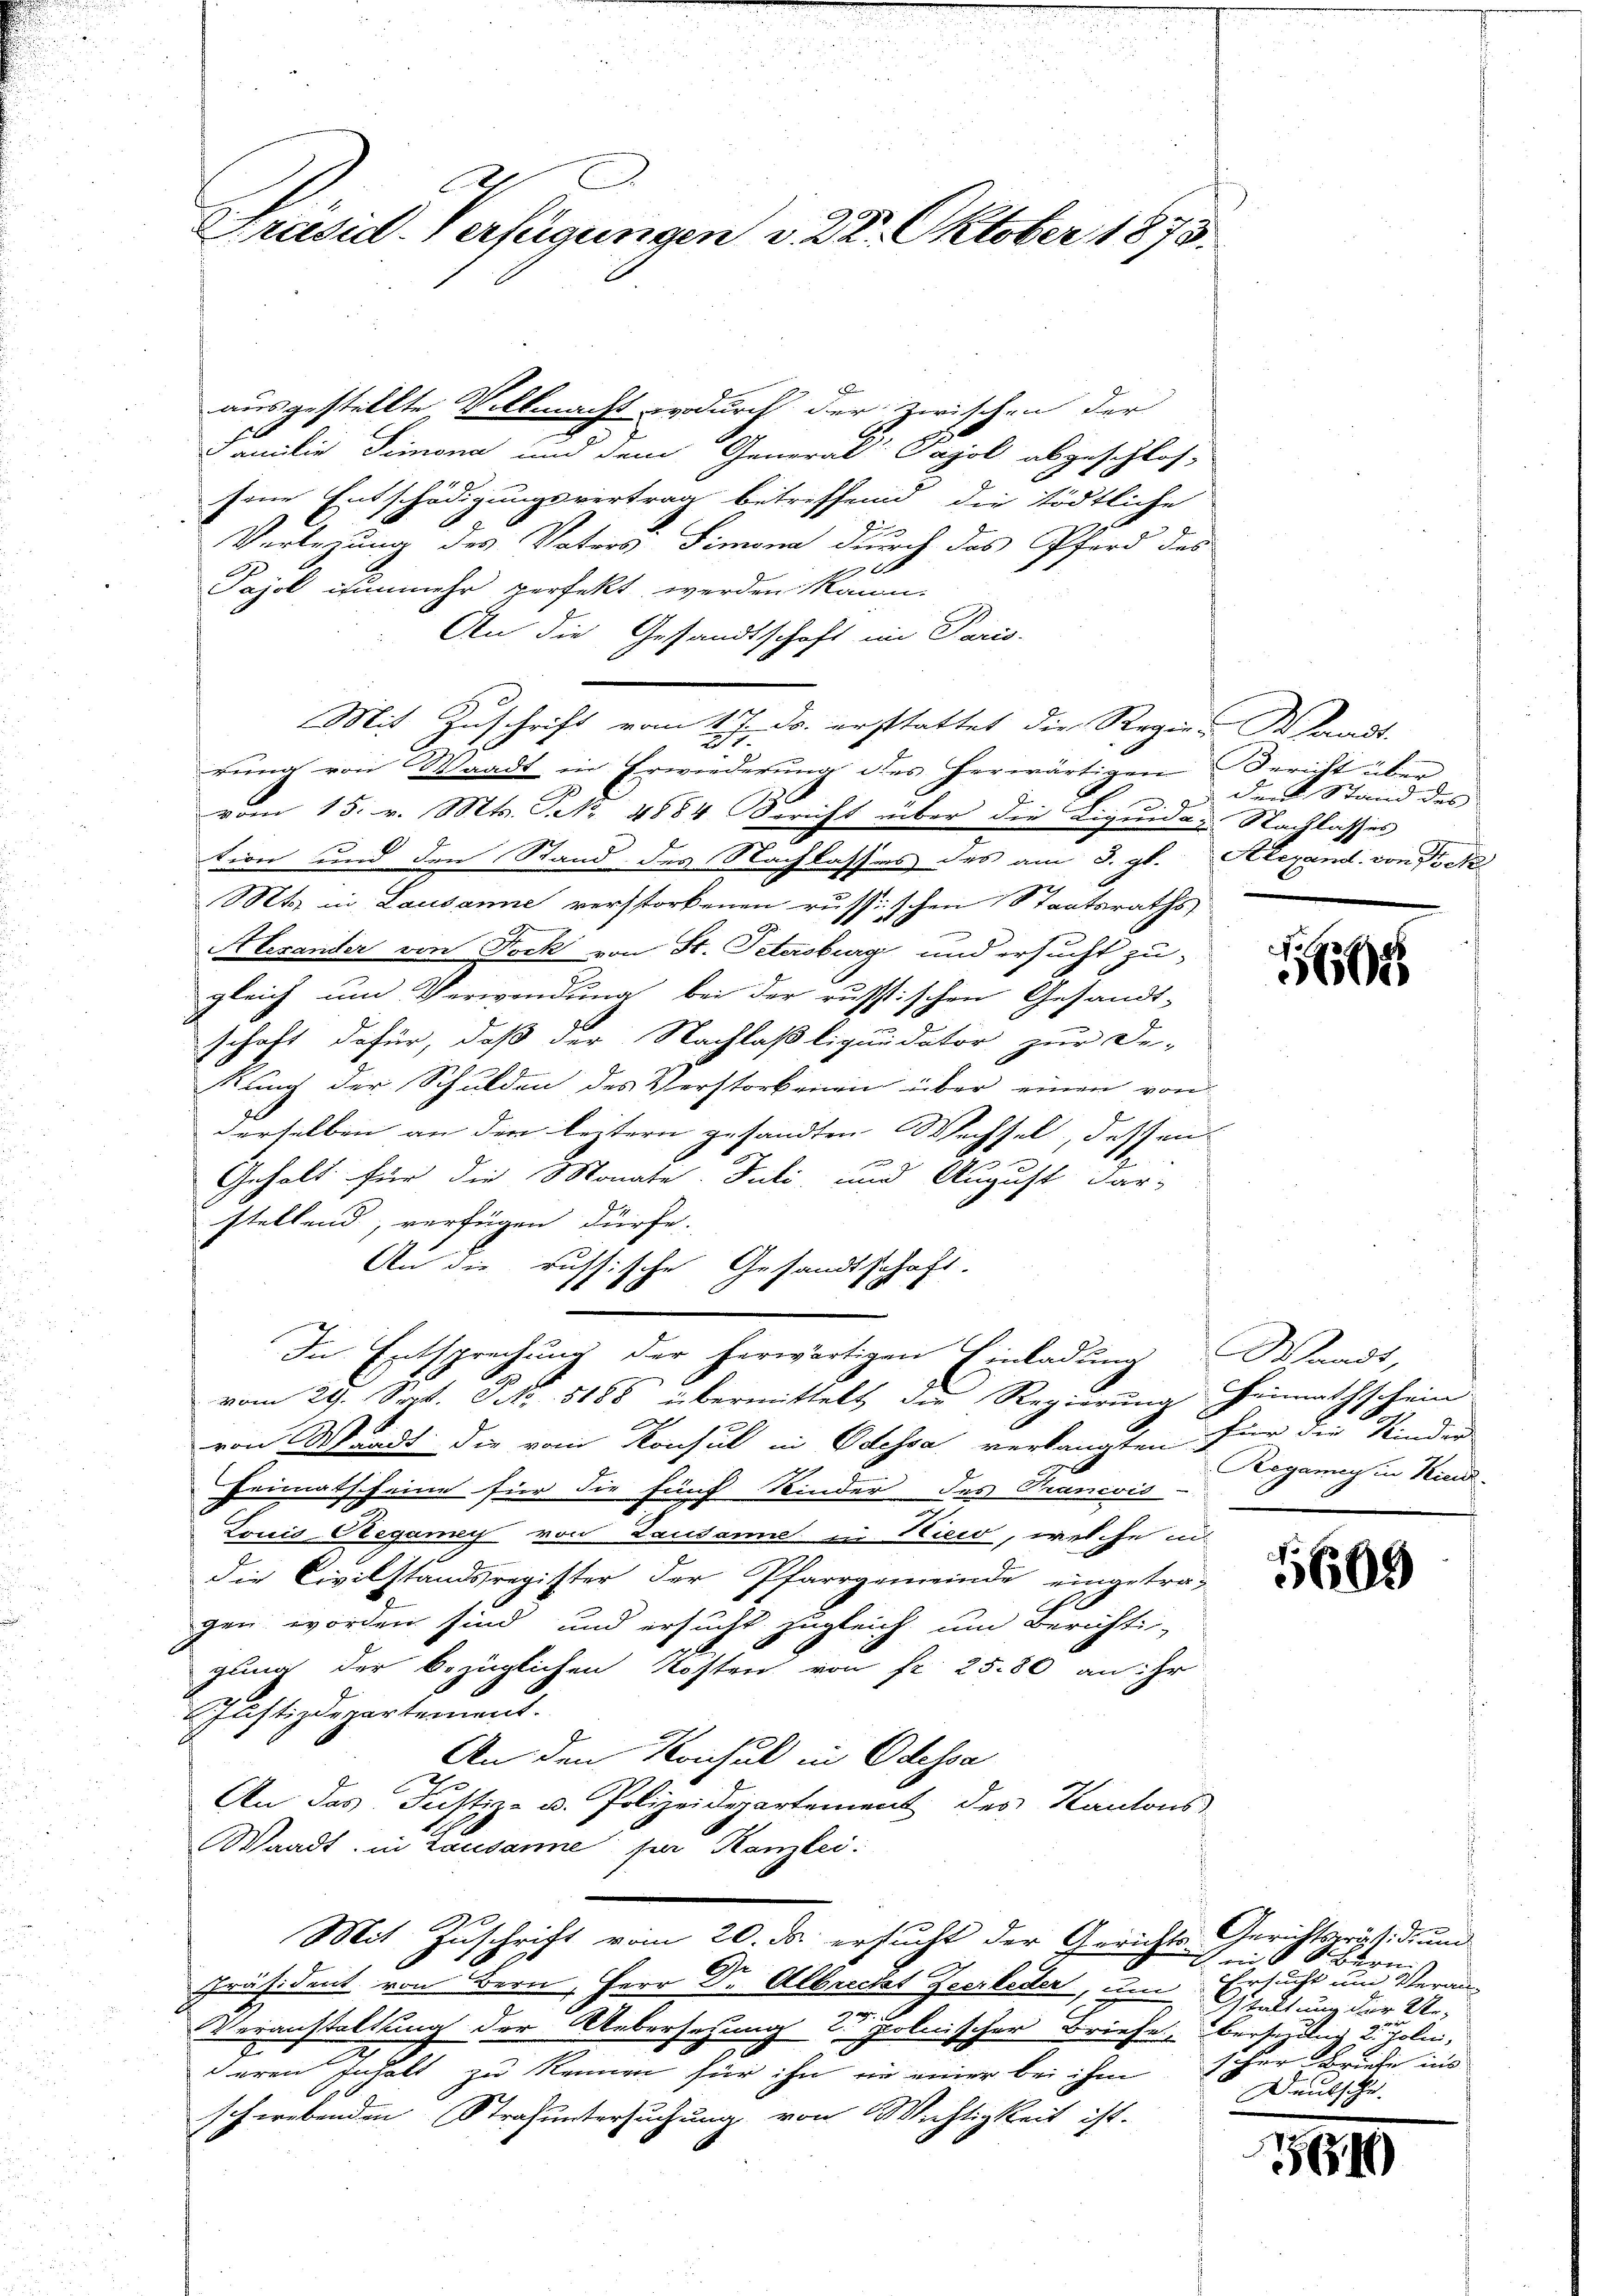
E
Präsid-Verfügungen v. 22. Oktober 1873.

ausgestellte Villmacht wodurch der zwischen der
Familie Simona und dem General-Pajol abgeschlos-
sene Entschädigungsvertrag betreffend die tödtliche
Verlegung des Vaters Simona durch das Pferd des
E
Pajol nunmehr perfekt werden Mann.
An die Gesandtschaft im Paris.
Mit Zuschrift vom 17. ds. erstattet die Regier Waadt
rung von Waadt in Erwiederung des herwärtigen Bericht über
f.
vom 15. v. Mts. S. 4884 Bericht über die Ligung u. Stacklasses
tion und den Stand des Nachlasses des am 3. gl. Alexand. von Fick
Mts. in Lausanne verstorbenen russischen Staatsraths
Alexander von Jock von St. Petersburg und ersucht zu-
gleich um Verwendung bei der russischen Gesandt-
schaft dafür, daß der Nachlaßliquidator zur De-
Kung der Schulden des Verstorbenen über einen von
derselben an den leztern gesandten Wechsel, dessen
.
Gehalt für die Monate. Juli und August dar-
stellend, verfügen dürfe.
An die russische Gesandtschaft.
Die Entsprechung der herwärtigen Einladung Waadt,
vom 29. Sept. S. 8885 übermittelt die Regierung Heimathschein-
von Waadt die vom Konsul in Odessa verlangten Für die Kinder
Heimathseine für die fünf Kinder des Trancois
Louis Beganny von Lausanne in Kies, welche in
die Civilstandsregister der Pfarrgemeinde eingetragen worden sind und ersucht zugleich um Berichti
gung der bezüglichen Kosten von fr. 25. 80 an ihr
Justizdepartement.
An den Konsul in Odessa
An das Justiz- u. Polizeidepartement des Kantons¬
Waadt, in Lausanne par Kanzlei:
Mit Zuschrift vom 20. ds. ersucht der Gerichts-Gerichtspräsidium
Präsident von Bern, Herr Dr. Albrecht Zeerleder, um Stellung der Un¬
Veranstaltung der Uebersetzung polnischer Briefe übersezlich zu hole,
deren Inhalt zu kennen für ihn in einer bei ihm
scherebenden Strafuntersuchung von Wichtigkeit ist.

. zu durch Stand des

14

Regang in Kind

1609

ein Bernis
Ersucht und Veranscher Briefe ins
Deutsche

,1549